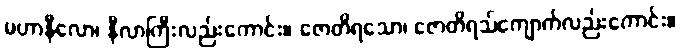
မဟာနီလော၊ နီလာကြီးလည်းကောင်း။ ဇောတိရသော၊ ဇောတိရသ်ကျောက်လည်းကောင်း။